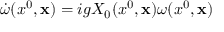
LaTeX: \dot { \omega } ( x ^ { 0 } , { \bf x } ) = i g X _ { 0 } ( x ^ { 0 } , { \bf x } ) \omega ( x ^ { 0 } , { \bf x } )